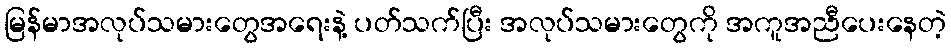
မြန်မာအလုပ်သမားတွေအရေးနဲ့ ပတ်သက်ပြီး အလုပ်သမားတွေကို အကူအညီပေးနေတဲ့